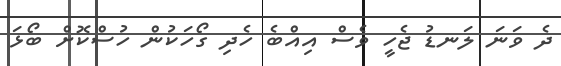
ދެ ވަނަ ލަނޑު ޖެހީ ވެސް އިއްބެ ހެދި ގޯހަކުން ހުސްކޮށް ބޯޅަ